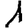
Digit: 1